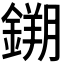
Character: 𮢮